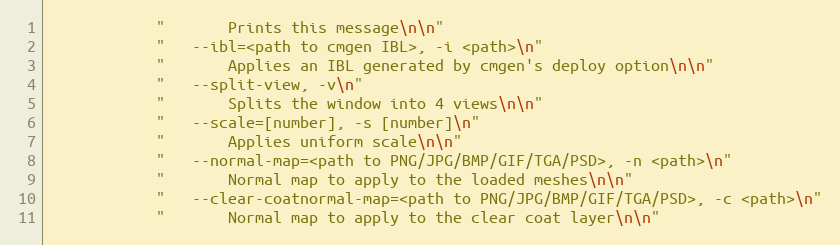
Language: C++
            "       Prints this message\n\n"
            "   --ibl=<path to cmgen IBL>, -i <path>\n"
            "       Applies an IBL generated by cmgen's deploy option\n\n"
            "   --split-view, -v\n"
            "       Splits the window into 4 views\n\n"
            "   --scale=[number], -s [number]\n"
            "       Applies uniform scale\n\n"
            "   --normal-map=<path to PNG/JPG/BMP/GIF/TGA/PSD>, -n <path>\n"
            "       Normal map to apply to the loaded meshes\n\n"
            "   --clear-coatnormal-map=<path to PNG/JPG/BMP/GIF/TGA/PSD>, -c <path>\n"
            "       Normal map to apply to the clear coat layer\n\n"